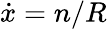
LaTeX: {\dot{x}}=n/R